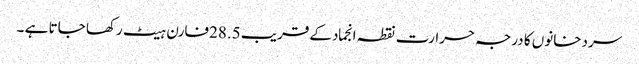
سردخانوں کا درجہ حرارت نقطہ انجمادکے قریب 28.5فارن ہیٹ رکھا جاتا ہے ۔